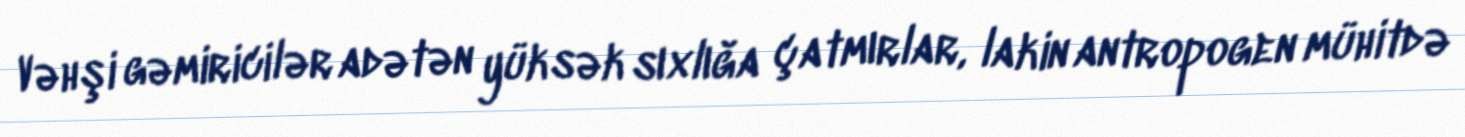
Vəhşi gəmiricilər adətən yüksək sıxlığa çatmırlar, lakin antropogen mühitdə